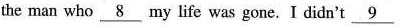
the man who \underline_{8} my life was gone, I didn't \underline_{9}